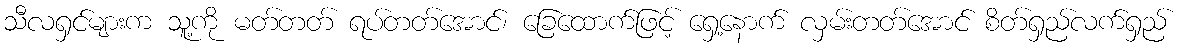
သီလရှင်များက သူ့ကို မတ်တတ် ရပ်တတ်အောင်၊ ခြေထောက်ဖြင့် ရှေ့နောက် လှမ်းတတ်အောင် စိတ်ရှည်လက်ရှည်